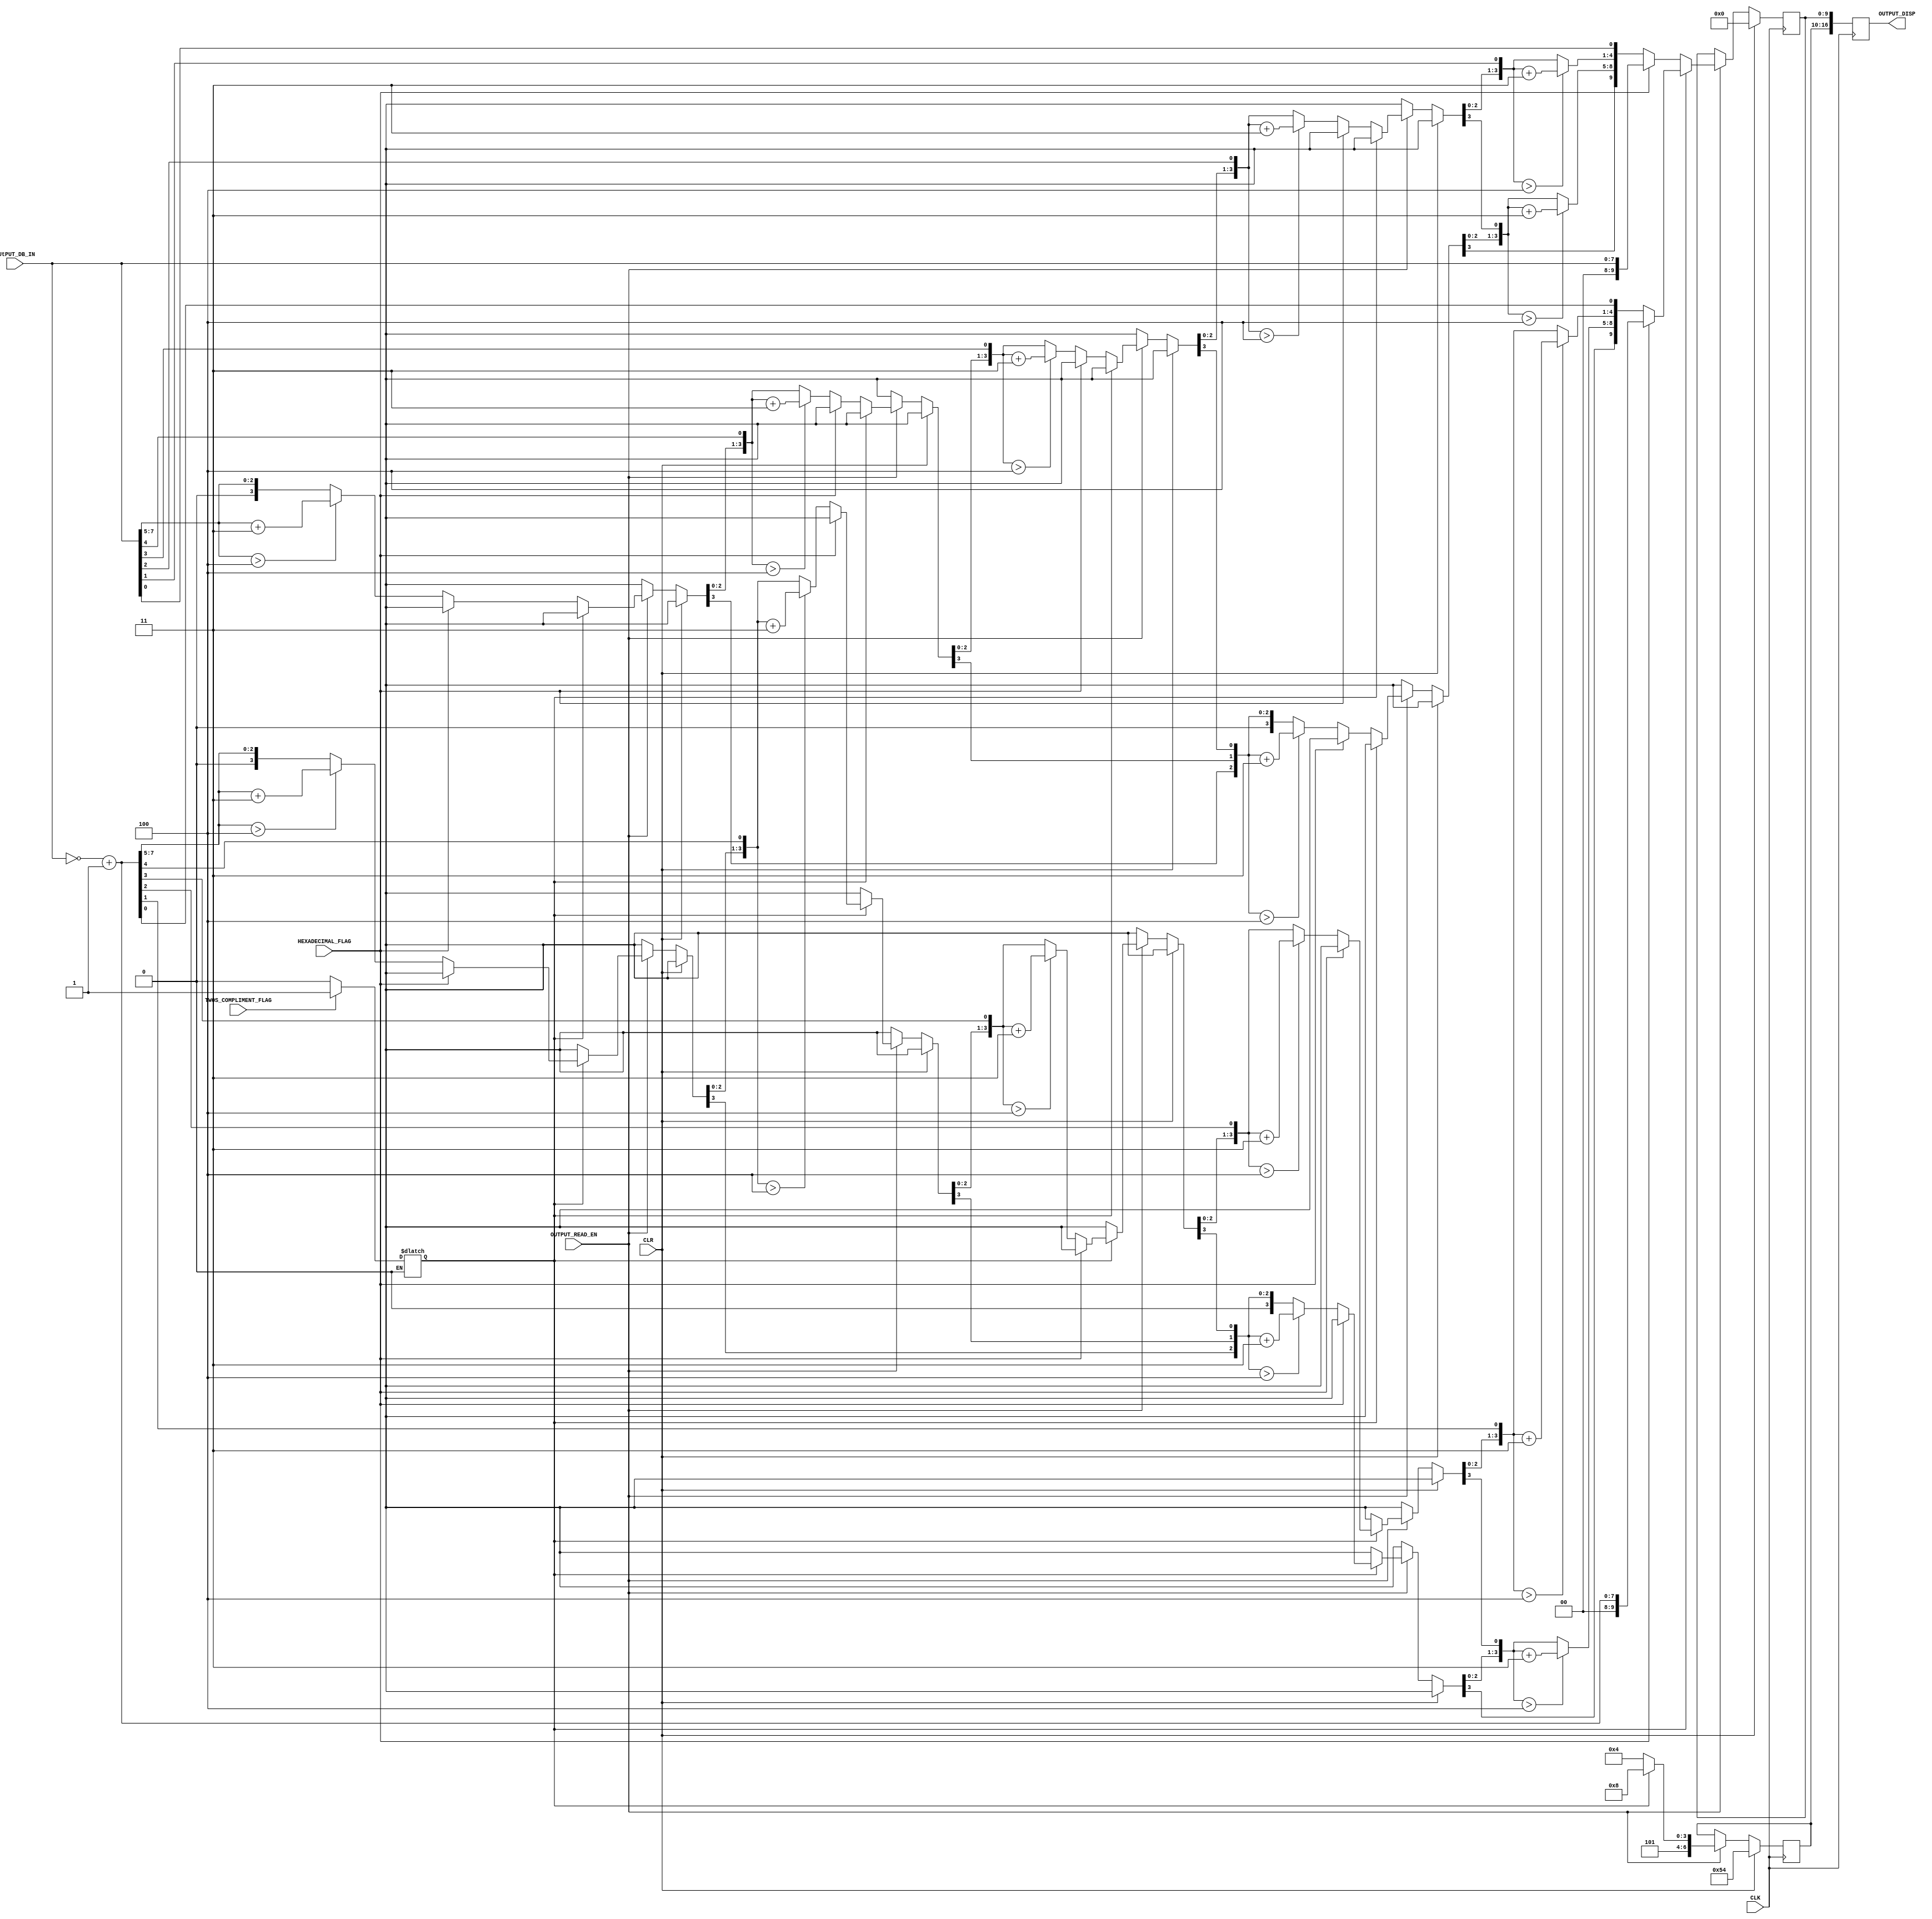
module Output_Register

	(
		input		wire				CLK,							// Clock to synchronize Databus reads
		input		wire				OUTPUT_READ_EN,			// Enable output read of databus
		input		wire				TWOS_COMPLIMENT_FLAG,	// Zero Flag from ALU set high
		input		wire				HEXADECIMAL_FLAG,			// Display Hexadecimal
		input		wire				CLR,							// Clear Acive High
		input		wire	[7:0]		OUtPUT_DB_IN,				// Databus connection
		output	reg	[16:0]	OUTPUT_DISP					// Display output using signed BCD - 3 digits with leading negative sign for negative numbers :> - x x x
	);
	
	reg		[9:0]		bcd_out;
	reg		[6:0]		sign_bcd;
	reg					twos_compliment_ALU;

	always @(TWOS_COMPLIMENT_FLAG)
		begin
			if (TWOS_COMPLIMENT_FLAG == 1'b1)
				twos_compliment_ALU <= 1'b1;
			else if (TWOS_COMPLIMENT_FLAG == 1'b0)
				twos_compliment_ALU <= 1'b0;
		end
	
	always @(posedge CLK)
		begin 
			
			if (CLR == 1'b1)
				begin
					sign_bcd 	<= 7'b1010100;
					bcd_out		<= 10'b0000000000;
				end
			else if (OUTPUT_READ_EN == 1'b1)
				begin
					if(twos_compliment_ALU == 1'b1)
						begin
							sign_bcd 	<= 7'b1011000;
							if (HEXADECIMAL_FLAG)
								bcd_out 	<= {2'b00, (~OUtPUT_DB_IN[7:0] + 1'b1)};
							else
								bcd_out	<= bcd(~OUtPUT_DB_IN[7:0] + 1'b1);
						end
					else
						begin
							sign_bcd 	<= 7'b1010100;
							if (HEXADECIMAL_FLAG)
								bcd_out 	<= {2'b00, OUtPUT_DB_IN[7:0]};
							else
								bcd_out	<= bcd(OUtPUT_DB_IN[7:0]);
						end
				end
			
			OUTPUT_DISP	<= {sign_bcd, bcd_out};
		end	
	
	function [9:0] bcd (input [7:0] bin);
	
		integer i,j;
		
		begin
		
			for(i = 0; i <= 9; i = i + 1) bcd[i] = 0;						// initialize with zeros
			
			bcd[7:0] = bin;                                  			// initialize with input vector
			 
			for(i = 0; i <= 4; i = i + 1)                      			// iterate on structure depth
				for(j = 0; j <= i/3; j = j + 1)                     		// iterate on structure width
					
					if (bcd[8-i+4*j -: 4] > 4)                      	// if > 4
						bcd[8-i+4*j -: 4] = bcd[8-i+4*j -: 4] + 4'd3; 	// add 3
		end
	
	endfunction

endmodule